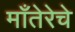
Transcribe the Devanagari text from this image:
माँतेरेचे